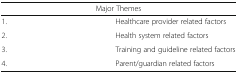
<table><thead><tr><td colspan="2"><b>Major Themes</b></td></tr></thead><tbody><tr><td>1.</td><td>Healthcare provider related factors</td></tr><tr><td>2.</td><td>Health system related factors</td></tr><tr><td>3.</td><td>Training and guideline related factors</td></tr><tr><td>4.</td><td>Parent/guardian related factors</td></tr></tbody></table>